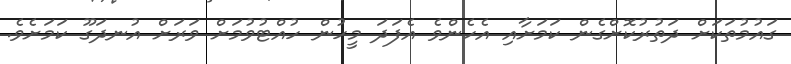
ގައުމުތަކަށް ދަތުރުކޮށްގެން ކަމަށާއި އެހެންވެ އެފަދަ މީހުން ހުއްޓުވުމަށް ވަރަށް އުނދަގޫ ކަމަށެވެ.